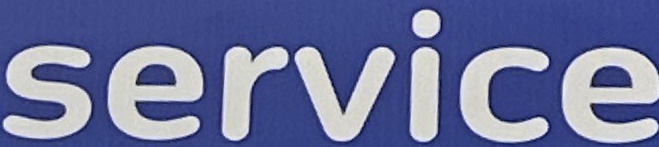
service